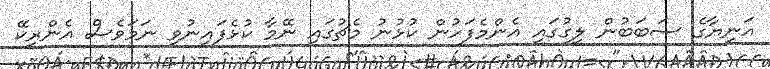
އަނިޔާގެ ސަބަބުން ލީގުގައި އެންމެފަހުން ކުޅުނު މެޗުގައި ނޭމާ ކުޅެފައިނުވި ނަމަވެސް އެންރީކޭ